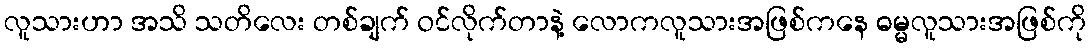
လူသားဟာ အသိ သတိလေး တစ်ချက် ဝင်လိုက်တာနဲ့ လောကလူသားအဖြစ်ကနေ ဓမ္မလူသားအဖြစ်ကို